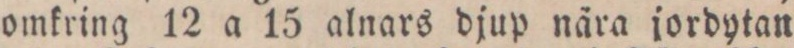
omkring 12 a 15 alnars djup nära jordytan